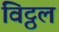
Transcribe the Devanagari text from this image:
विट्ठल